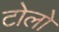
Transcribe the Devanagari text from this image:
टोलो